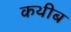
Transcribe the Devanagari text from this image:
कथीब